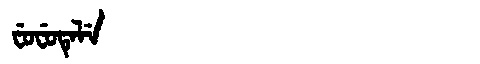
Manchu: ᠸᡠᠸᡠᡨᡝᠯᡝ
Romanization: FUFUTELE